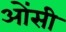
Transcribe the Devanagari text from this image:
ओंसी